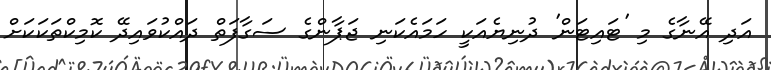
އަދި އޭނާގެ މި 'ޓައިޓަން' ދުނިޔެއަކީ ހަމައެކަނި ޖަޕާންގެ ސަގާފަތް ދައްކުވައިދޭ ކޮމިކްތަކަކަށް